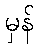
မှန်